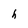
Character: h